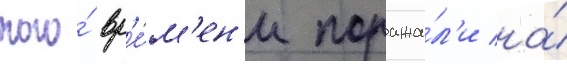
того́ вр'е́м'ен'и поража́л'и на́